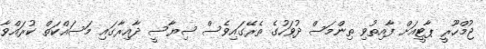
ޖުމްހޫރީ ޕާޓީއަށް ފާއިތުވި ތިންމަސް ދުވަހުގެ ތެރޭގައިވެސް ސިޔާސީ ދާއިރާގައި މަސައްކަތް ކުރައްވާ